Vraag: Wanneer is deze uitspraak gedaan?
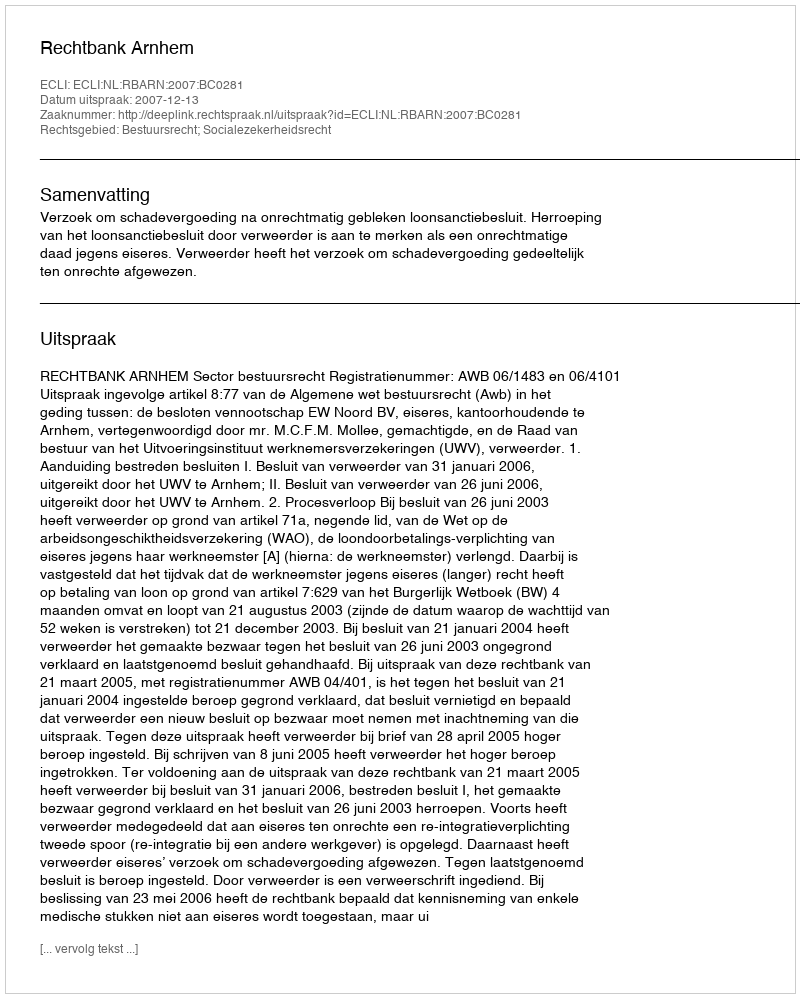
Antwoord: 2007-12-13